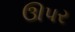
ઊપર